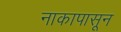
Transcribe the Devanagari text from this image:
नाकापासून